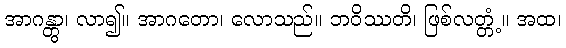
အာဂန္တွာ၊ လာ၍။ အာဂတော၊ လောသည်။ ဘဝိဿတိ၊ ဖြစ်လတ္တံ့။ အထ၊